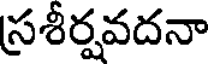
స్రశీర్షవదనా